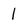
Character: 1